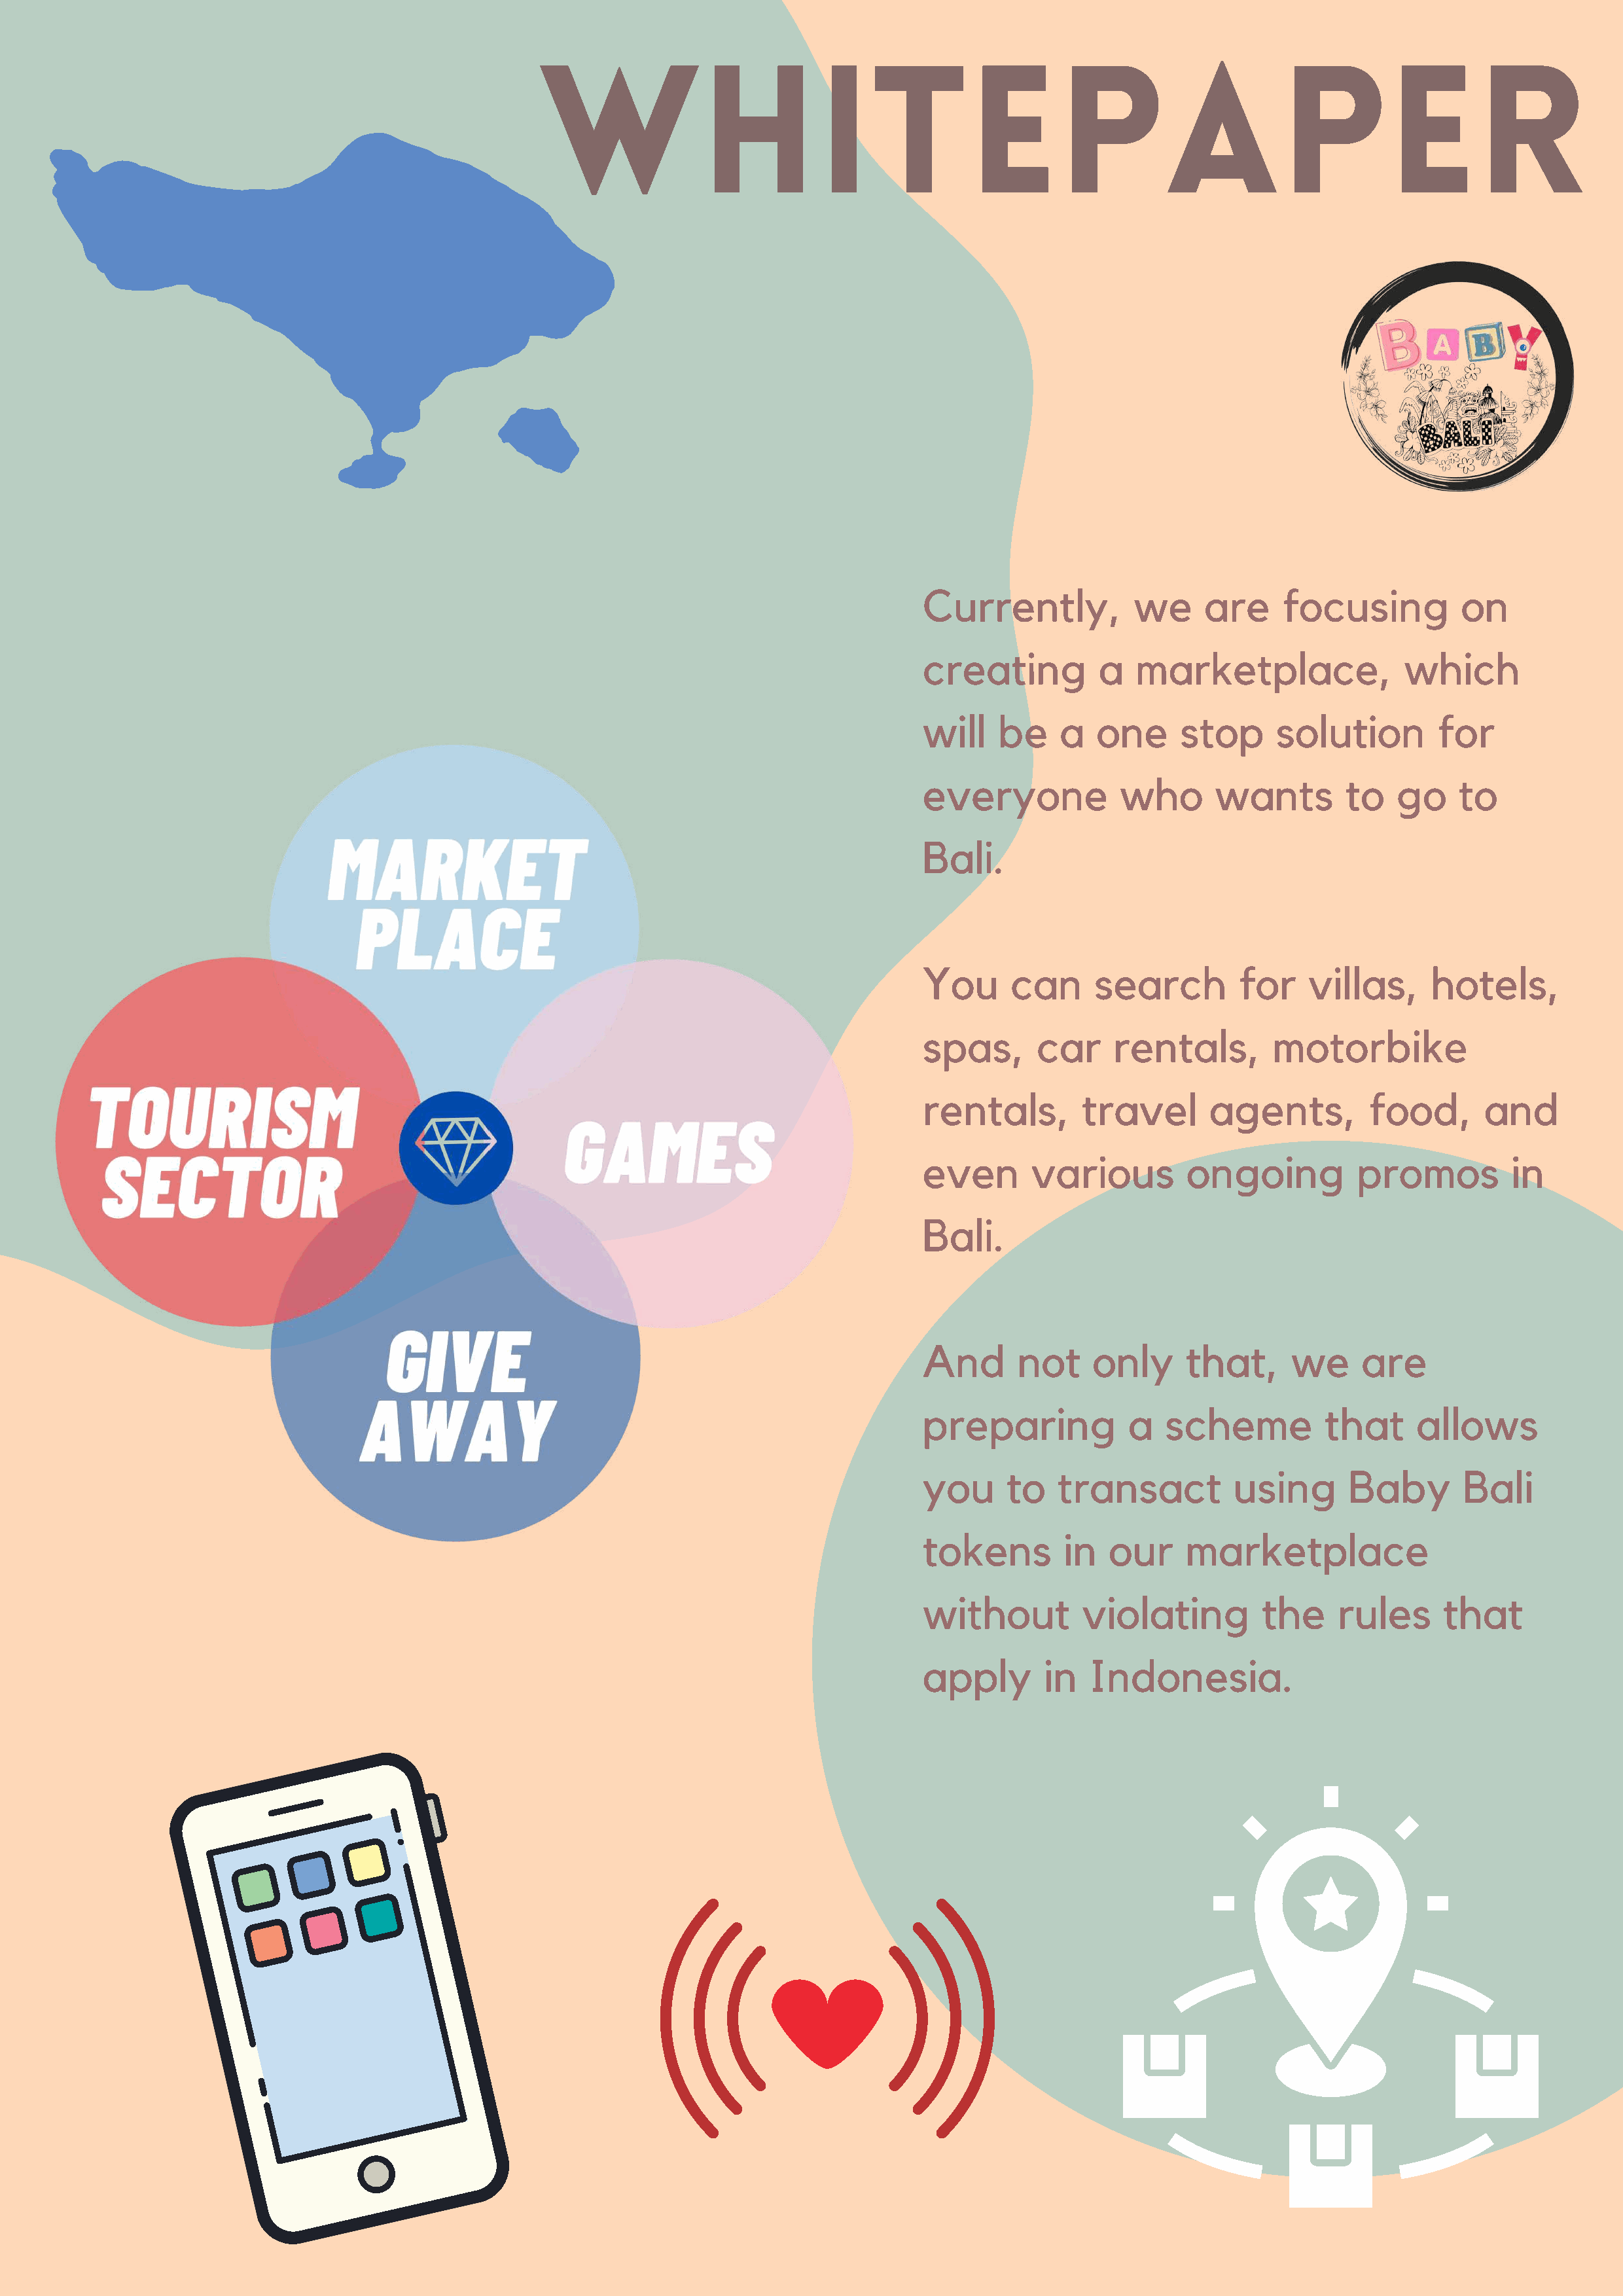
Whitepaper
 Currently,            we     are     focusing          on
 creating          a   marketplace,               which
 will    be    a   one     stop      solution        for
 everyone            who       wants        to   go     to
 Bali.
 You      can      search        for    villas,      hotels,
 spas,       car     rentals,        motorbike
 rentals,        travel       agents,         food,       and
 even       various         ongoing          promos          in
 Bali.
 And       not     only     that,      we     are
 preparing            a   scheme          that     allows
 you      to   transact          using      Baby        Bali
 tokens         in  our     marketplace
 without         violating          the    rules      that
 apply        in  Indonesia.